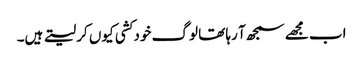
اب مجھے سمجھ آ رہا تھا لوگ خود کشی کیوں کر لیتے ہیں۔